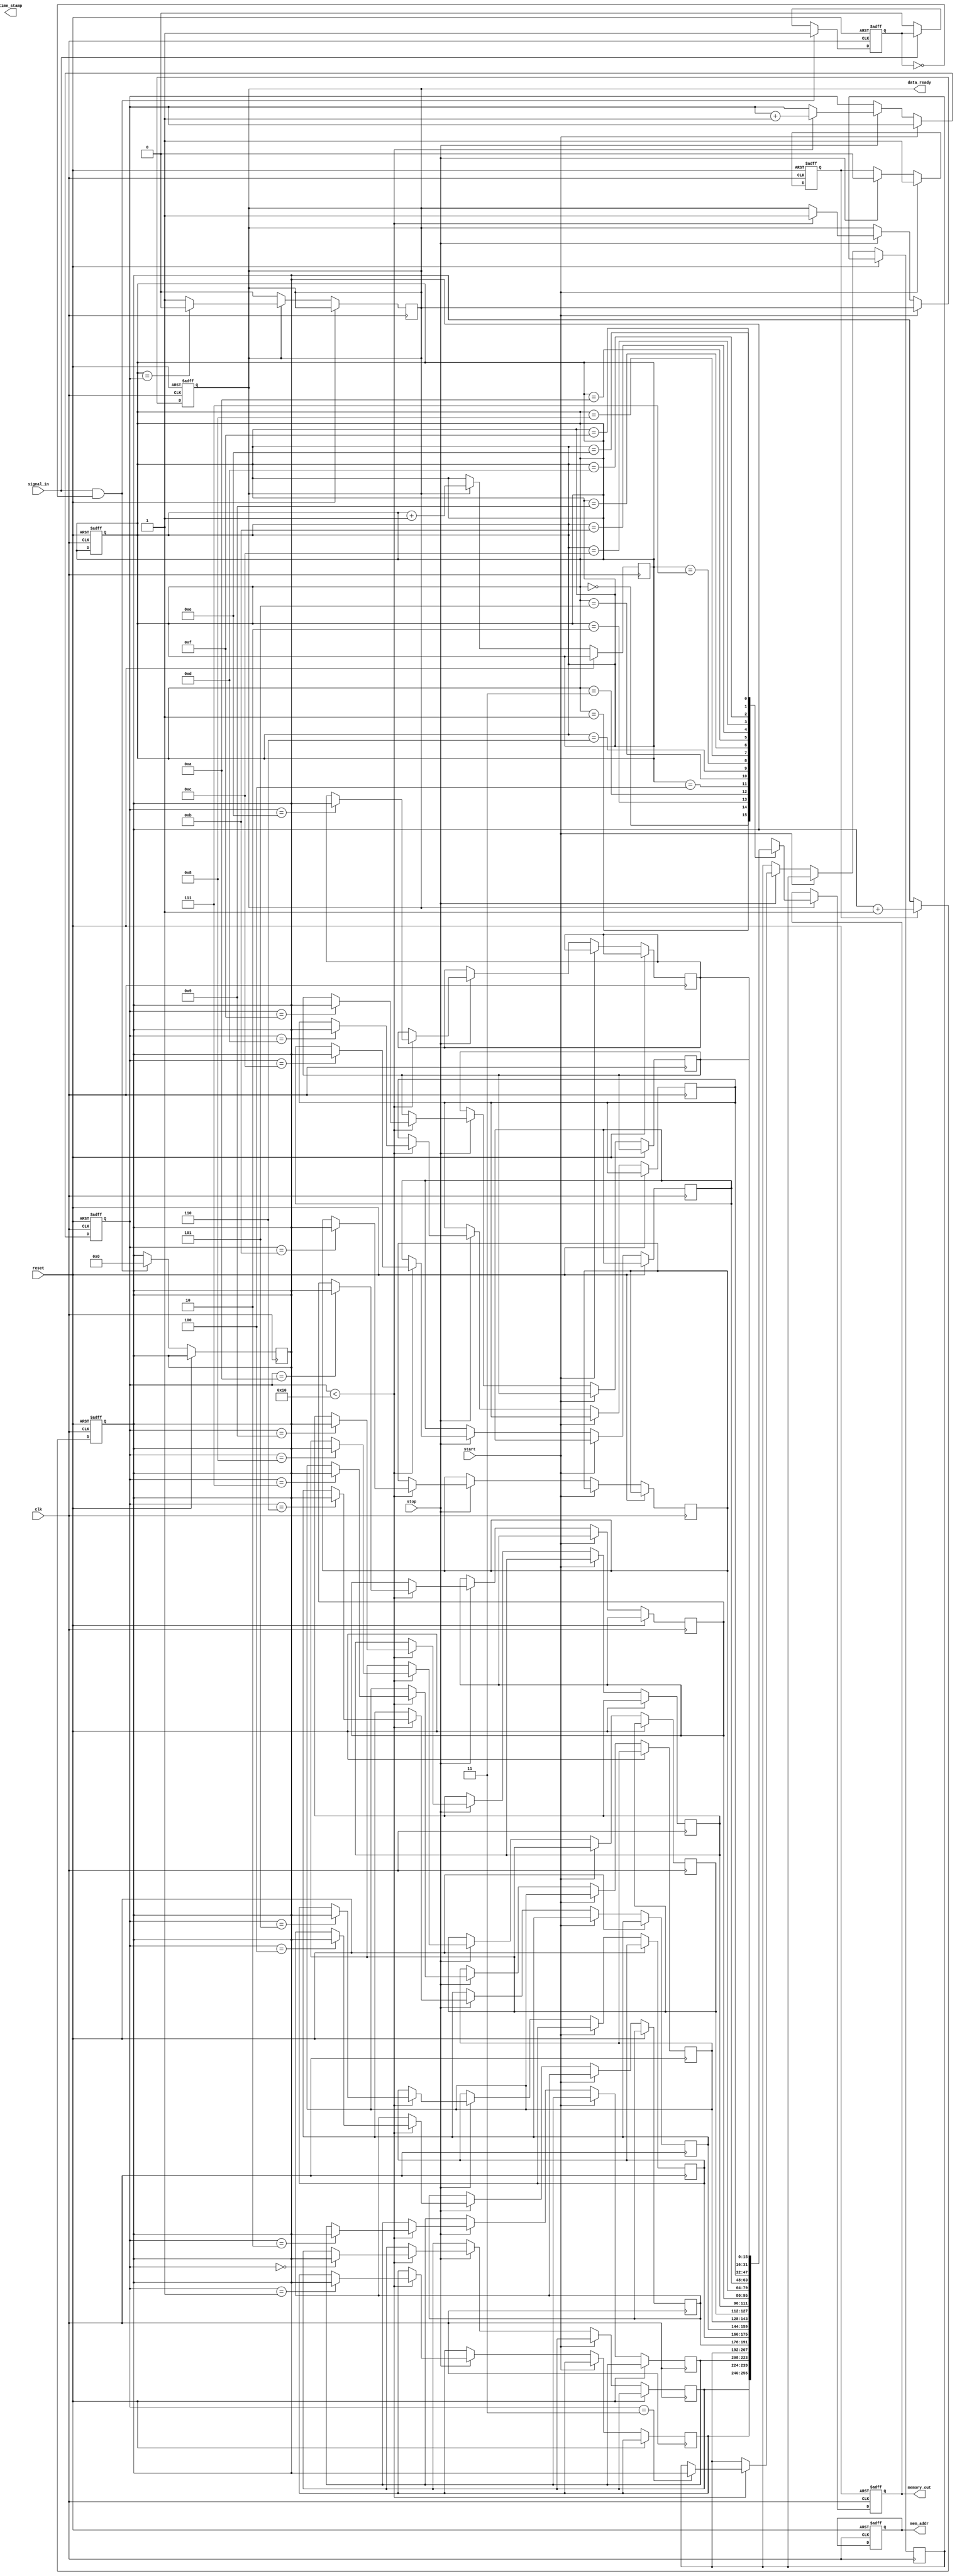
module TDC (
    input wire clk,                 // High-frequency sampling clock
    input wire reset,               // Asynchronous reset
    input wire start,               // Start signal for measurement
    input wire stop,                // Stop signal for measurement
    input wire signal_in,           // Input analog signal (digital representation)
    output reg [15:0] time_stamp,   // Time stamp output
    output reg data_ready,          // Data ready signal
    output reg [15:0] memory_out,   // Output from memory
    output reg [3:0] mem_addr       // Memory address for read/write
);

    // Parameters
    parameter MEM_SIZE = 16;        // Size of the memory block
    reg [15:0] memory [0:MEM_SIZE-1]; // Memory block (FIFO)
    reg [3:0] write_ptr;             // Write pointer for memory
    reg [3:0] read_ptr;              // Read pointer for memory
    reg edge_detected;               // Edge detection flag
    reg measuring;                   // Flag to indicate measuring state

    // Counter for time measurement
    reg [15:0] counter;

    // Edge detection logic
    always @(posedge clk or posedge reset) begin
        if (reset) begin
            edge_detected <= 1'b0;
        end else if (signal_in && !edge_detected) begin
            edge_detected <= 1'b1; // Rising edge detected
            counter <= 16'b0;      // Reset counter on edge detection
        end else if (!signal_in) begin
            edge_detected <= 1'b0; // Reset edge detection on falling edge
        end
    end

    // Counter logic
    always @(posedge clk or posedge reset) begin
        if (reset) begin
            counter <= 16'b0;
        end else if (measuring) begin
            counter <= counter + 1; // Increment counter on clock
        end
    end

    // Control logic for start/stop measurement
    always @(posedge clk or posedge reset) begin
        if (reset) begin
            measuring <= 1'b0;
            data_ready <= 1'b0;
            write_ptr <= 4'b0;
            read_ptr <= 4'b0;
        end else if (start) begin
            measuring <= 1'b1; // Start measuring
        end else if (stop) begin
            measuring <= 1'b0; // Stop measuring
            if (write_ptr < MEM_SIZE) begin
                memory[write_ptr] <= counter; // Store counter value in memory
                write_ptr <= write_ptr + 1;
                data_ready <= 1'b1; // Indicate data is ready
            end
        end
    end

    // Memory read logic
    always @(posedge clk or posedge reset) begin
        if (reset) begin
            mem_addr <= 4'b0;
            memory_out <= 16'b0;
        end else if (data_ready) begin
            memory_out <= memory[read_ptr]; // Read from memory
            read_ptr <= read_ptr + 1; // Increment read pointer
            if (read_ptr == write_ptr) begin
                data_ready <= 1'b0; // Reset data ready if all data is read
            end
        end
    end

endmodule